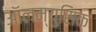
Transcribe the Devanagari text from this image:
ऑलम्युसिक